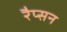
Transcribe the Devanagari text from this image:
रैप्सन